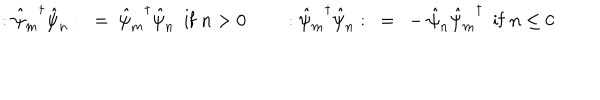
: { \hat { \psi } _ { m } } ^ { \dagger } \hat { \psi } _ { n } : ~ = ~ { \hat { \psi } _ { m } } ^ { \dagger } \hat { \psi } _ { n } { } ~ ~ \mathrm { i f } ~ n > 0 ~ ~ : { \hat { \psi } _ { m } } ^ { \dagger } \hat { \psi } _ { n } : ~ = ~ - \hat { \psi } _ { n } { \hat { \psi } _ { m } } ^ { \dagger } ~ ~ \mathrm { i f } ~ n \le 0